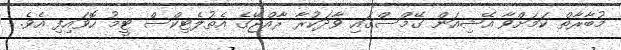
މުބާރާތް ކަމަށްވާ އޭޝިއަން ގޭމްސްގައި ވާދަކުރާ ރާއްޖޭގެ އެތުލެޓިކްސް ޓީމު ހޮވައިފި އެވެ.